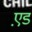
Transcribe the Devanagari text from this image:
ए़ड